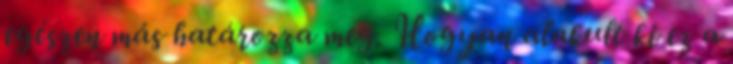
egészen más határozza meg. Hogyan alakult ki ez a